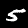
Label: 5